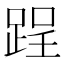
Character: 𨁎